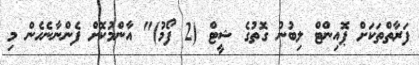
ފަރާތްތަކަށް ޕޮއިންޓް ލިބުނު ގޮތުގެ ޝީޓް (2 ފޯމު)" އާންމުކޮށް ފެންނާނެހެން މި